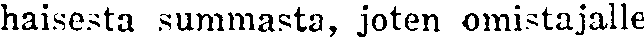
haisesta summasta, joten omistajalle